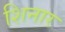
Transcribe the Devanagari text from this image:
शिनार